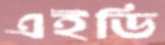
এইডি